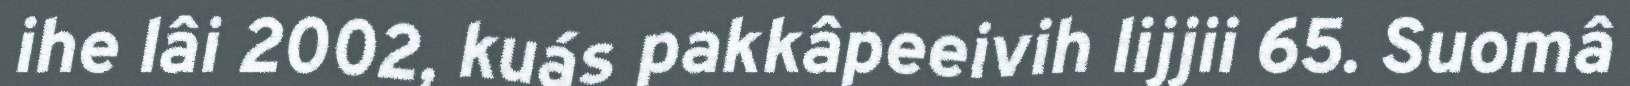
ihe lâi 2002, kuás pakkâpeeivih lijjii 65. Suomâ